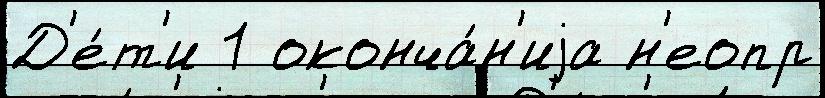
Д'е́т'и 1 оконча́н'иjа н'еопр